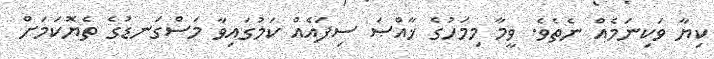
ކިޔާ ވަކިނަމެއް ނެތެވެ. ވީމާ މިމަހުގެ ޚާއްޞަ ސިފައެއް ކަމުގައިވާ މަސްގަނޑުގެ ތެޔޮކަމަށް